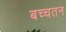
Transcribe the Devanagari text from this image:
बच्चतन